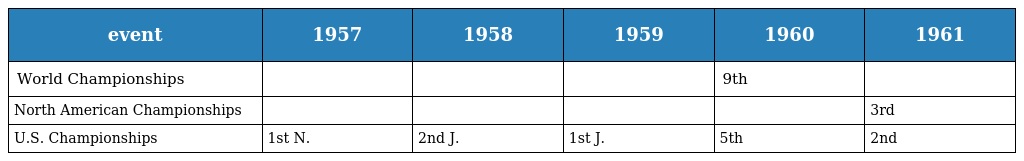
| event | 1957 | 1958 | 1959 | 1960 | 1961 |
 | --- | --- | --- | --- | --- | --- |
 | World Championships |  |  |  | 9th |  |
 | North American Championships |  |  |  |  | 3rd |
 | U.S. Championships | 1st N. | 2nd J. | 1st J. | 5th | 2nd |